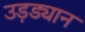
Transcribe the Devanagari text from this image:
उड़ड्यान